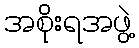
အစိုးရအဖွဲ့